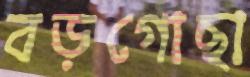
বড়গোছা